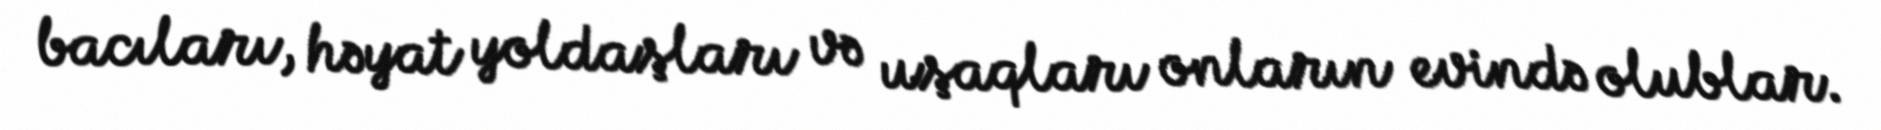
bacıları, həyat yoldaşları və uşaqları onların evində olublar.